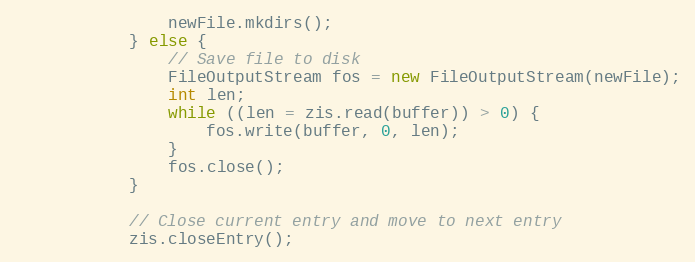
Language: Java
                newFile.mkdirs();
            } else {
                // Save file to disk
                FileOutputStream fos = new FileOutputStream(newFile);
                int len;
                while ((len = zis.read(buffer)) > 0) {
                    fos.write(buffer, 0, len);
                }
                fos.close();
            }

            // Close current entry and move to next entry
            zis.closeEntry();